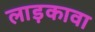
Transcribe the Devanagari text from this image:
लाड़कावा